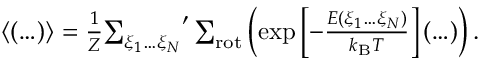
\begin{array} { r } { \langle ( \ldots ) \rangle = \frac { 1 } { Z } { \sum _ { \xi _ { 1 } \ldots \xi _ { N } } } ^ { \prime } \sum _ { \mathrm { r o t } } \left( \exp \left[ - \frac { E ( \xi _ { 1 } \ldots \xi _ { N } ) } { k _ { \mathrm { B } } T } \right] ( \ldots ) \right) . } \end{array}